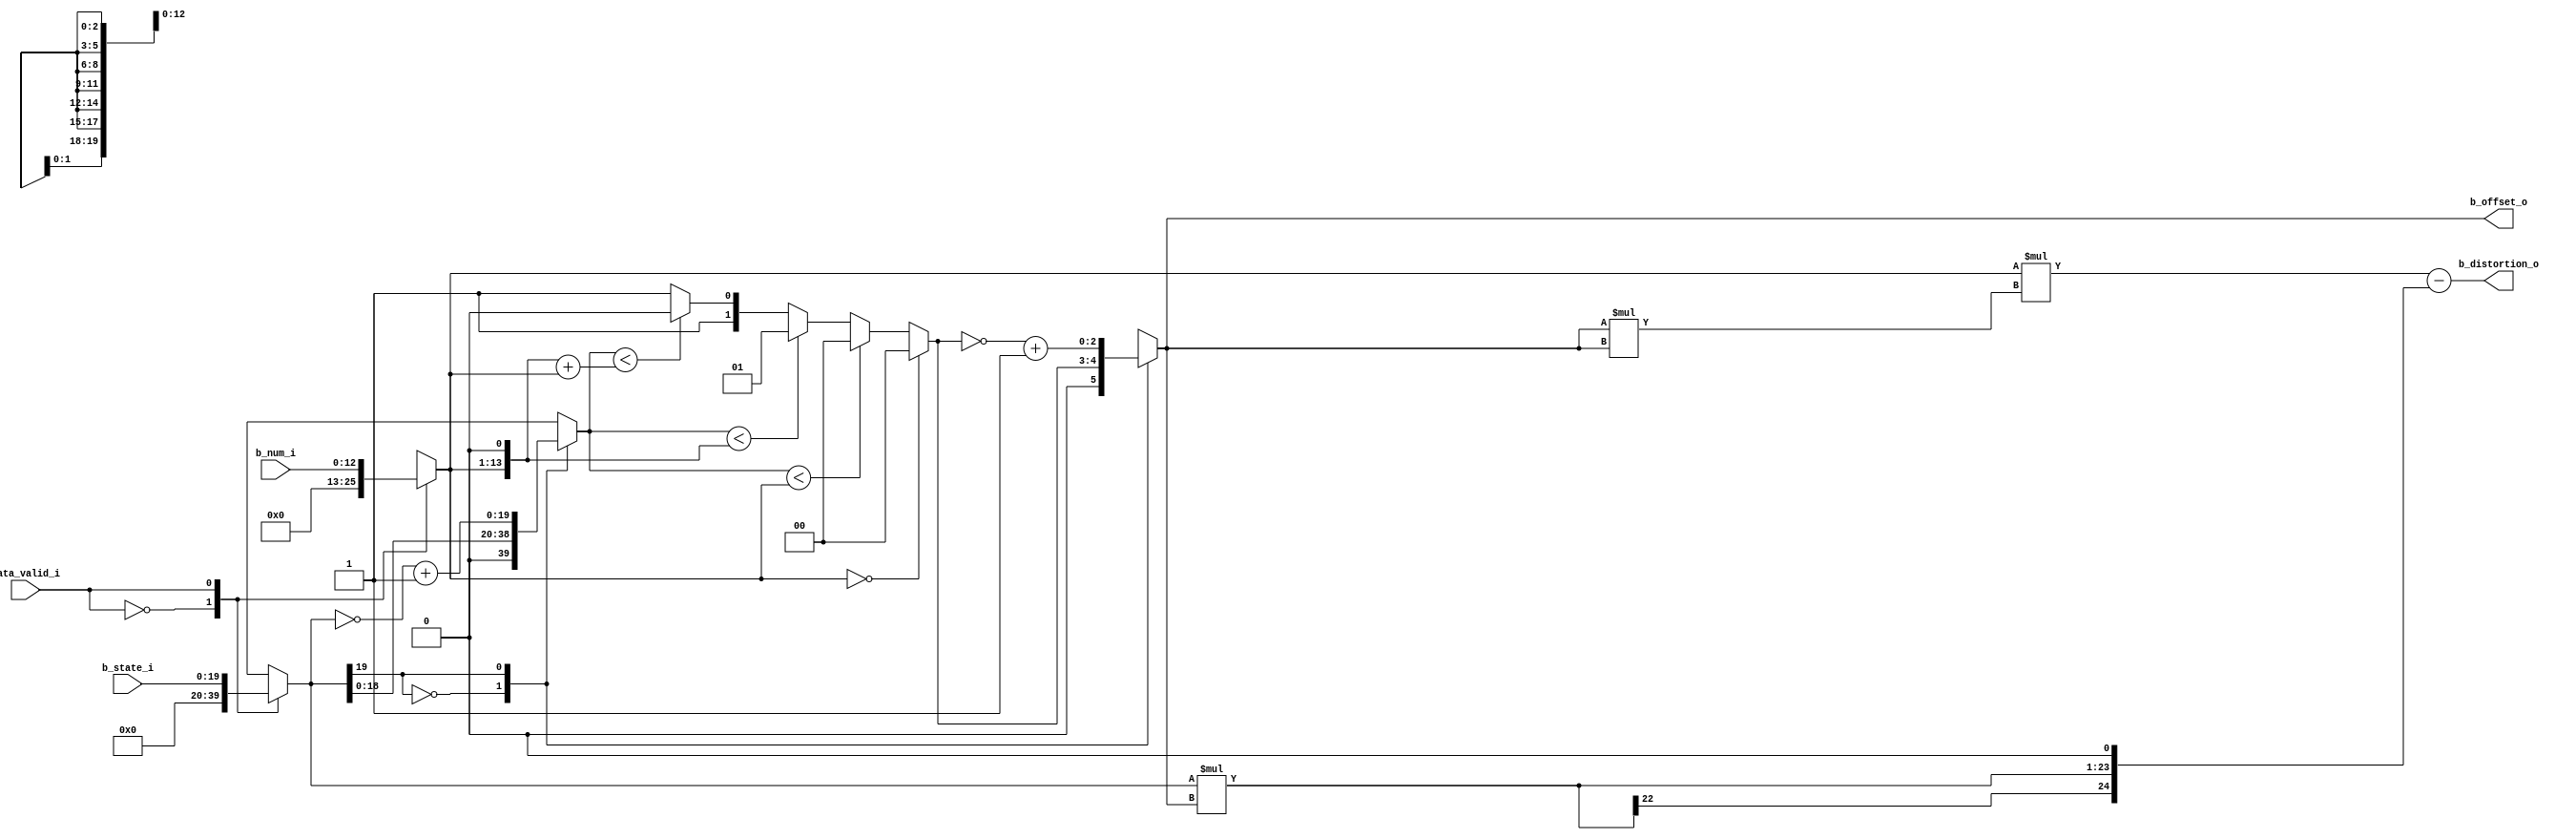
module db_sao_cal_offset(
                   b_state_i                   ,
                   b_num_i                     ,
				   data_valid_i                ,
				   b_offset_o                  ,
                   b_distortion_o          				   
				   
				);
//---------------------------------------------------------------------------
//
//                        INPUT/OUTPUT DECLARATION 
//
//----------------------------------------------------------------------------
parameter DATA_WIDTH	=	 128	                    ;
parameter PIXEL_WIDTH   =    8                          ;
parameter DIFF_WIDTH    =    20                         ;
parameter DIS_WIDTH     =    25                         ;

input  signed    [DIFF_WIDTH-1:0]    b_state_i          ;
input            [     12     :0]    b_num_i            ;
input                                data_valid_i       ;
output signed    [      2     :0]    b_offset_o         ;
output signed    [ DIS_WIDTH-1:0]    b_distortion_o     ;


reg    signed    [DIFF_WIDTH-1:0]    b_state_r          ;
reg              [     12     :0]    b_num_r            ;

reg              [DIFF_WIDTH-1:0]    b_state_unsigned_r ;
wire             [      14    :0]    b_num_m2_w         ;
wire             [      14    :0]    b_num_m3_w         ;
reg              [      1     :0]    b_offset_unsigned_r;
reg    signed    [      2     :0]    b_offset_r         ;

always @* begin 
    case(data_valid_i)
        1'b0 :begin b_state_r = 'd0      ; b_num_r = 13'd0  ;end
	    1'b1 :begin b_state_r = b_state_i; b_num_r = b_num_i;end	
    endcase 
end



always @* begin 
    case(b_state_r[DIFF_WIDTH-1])
        1'b0 : b_state_unsigned_r  = {1'b0,b_state_r}   ;
	    1'b1 : b_state_unsigned_r  = (~b_state_r)+1'b1  ;	
    endcase 
end

assign    b_num_m2_w  =  {b_num_r,1'b0}                 ; 
assign    b_num_m3_w  =  {b_num_r,1'b0} +  b_num_r      ; 

always @* begin 
    if(!b_num_r)
        b_offset_unsigned_r   =    2'd0                 ;
	else if(b_state_unsigned_r<b_num_r)	
		b_offset_unsigned_r   =    2'd0                 ;
	else if(b_state_unsigned_r<b_num_m2_w)	
		b_offset_unsigned_r   =    2'd1                 ;
	else if(b_state_unsigned_r<b_num_m3_w)	
		b_offset_unsigned_r   =    2'd2                 ;
	else 	
		b_offset_unsigned_r   =    2'd3                 ;
end 

always @* begin 
    case(b_state_r[DIFF_WIDTH-1])
        1'b0 : b_offset_r = {1'b0,b_offset_unsigned_r}  ;
        1'b1 : b_offset_r = ~(b_offset_unsigned_r)+1'b1 ;
	endcase
end 

wire signed   [ 5:0] temp1= b_offset_r * b_offset_r;
wire signed   [18:0] temp2= b_num_r    * temp1     ;
wire signed   [DIS_WIDTH-1:0] temp3= b_state_r*b_offset_r   ;


assign   b_offset_o   =     b_offset_r                  ;
assign   b_distortion_o =   temp2  - {temp3,1'b0}       ;


endmodule